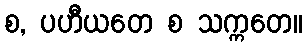
စ, ပဟီယတေ စ သက္ကတေ။